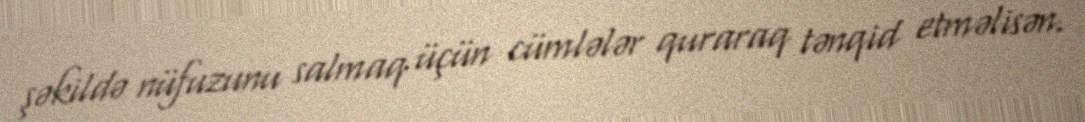
şəkildə nüfuzunu salmaq üçün cümlələr quraraq tənqid etməlisən.